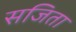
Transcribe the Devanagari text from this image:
सजिता